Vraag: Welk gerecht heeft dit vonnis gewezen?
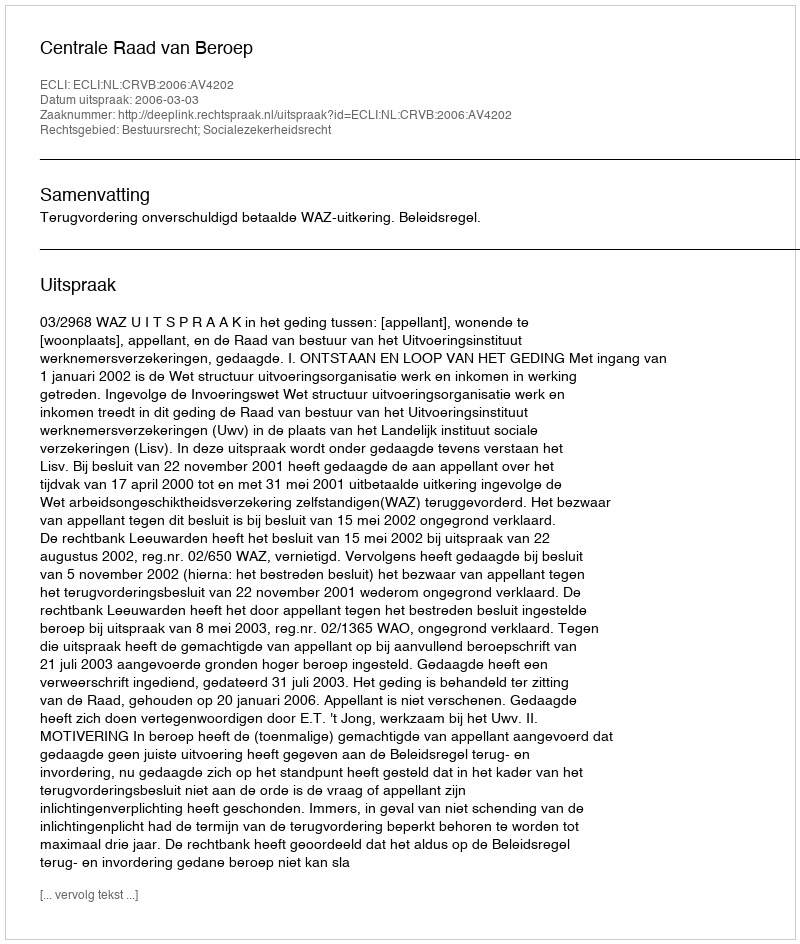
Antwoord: Centrale Raad van Beroep